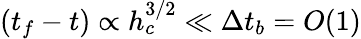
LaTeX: (t_{f}-t)\propto h_{c}^{3/2}\ll\Delta t_{b}=O(1)